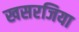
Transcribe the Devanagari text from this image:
खसरजिया